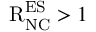
\mathrm { R } _ { \mathrm { N C } } ^ { \mathrm { E S } } > 1